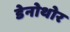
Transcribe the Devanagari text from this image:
डेनोथोर